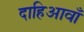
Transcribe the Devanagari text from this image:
दाहिआवाँ